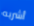
أشربه